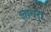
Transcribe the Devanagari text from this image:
खाचरा